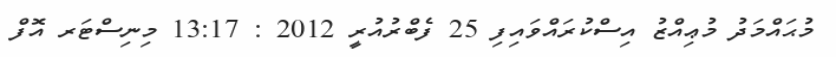
މުޙައްމަދު މުޢިއްޒު އިސްކުރައްވައިފި 25 ފެބްރުއުރީ 2012 : 13:17 މިނިސްޓަރ އޮފް